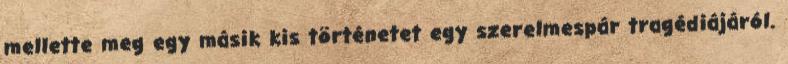
mellette meg egy másik kis történetet egy szerelmespár tragédiájáról.